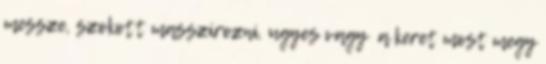
messze, szokott masszírozni. ugyes vagy a keret most megy